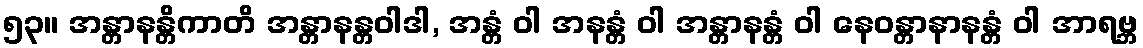
၅၃။ အန္တာနန္တိကာတိ အန္တာနန္တဝါဒါ, အန္တံ ဝါ အနန္တံ ဝါ အန္တာနန္တံ ဝါ နေဝန္တာနာနန္တံ ဝါ အာရဗ္ဘ